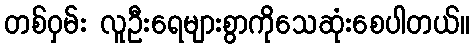
တစ်ဝှမ်း လူဦးရေများစွာကိုသေဆုံးစေပါတယ်။